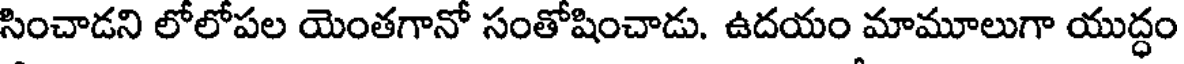
సించాడని లోలోపల యెంతగానో సంతోషించాడు. ఉదయం మామూలుగా యుద్ధం